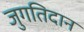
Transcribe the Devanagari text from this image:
जुगतिदान